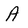
Character: A